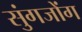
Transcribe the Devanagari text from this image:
सुंगजोंग